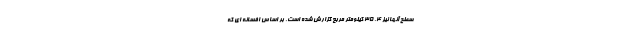
سطح آنها نیز 4. 35 کیلومتر مربع گزارش شده است. بر اساس افسانه ای که